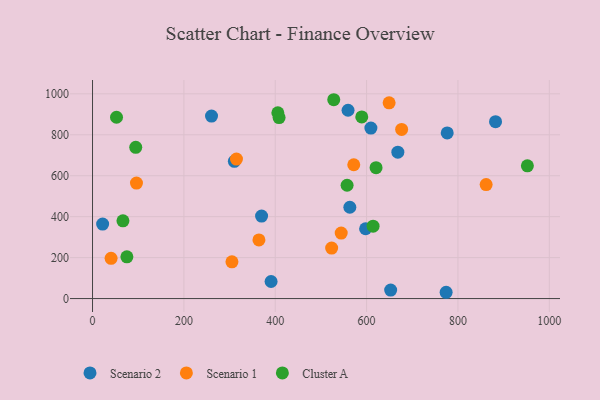
{"axis": {"x": "Distance", "y": "Exam Score"}, "legend": ["Cluster A", "Scenario 1", "Scenario 2"], "data": [{"x": "260.5", "y": 891.3, "type": "Scenario 2"}, {"x": "22.1", "y": 363.8, "type": "Scenario 2"}, {"x": "390.9", "y": 83.4, "type": "Scenario 2"}, {"x": "370.1", "y": 402.8, "type": "Scenario 2"}, {"x": "652.7", "y": 41.6, "type": "Scenario 2"}, {"x": "776.5", "y": 809.1, "type": "Scenario 2"}, {"x": "597.8", "y": 341.0, "type": "Scenario 2"}, {"x": "310.5", "y": 670.1, "type": "Scenario 2"}, {"x": "563.3", "y": 446.1, "type": "Scenario 2"}, {"x": "559.4", "y": 919.7, "type": "Scenario 2"}, {"x": "882.3", "y": 864.2, "type": "Scenario 2"}, {"x": "609.4", "y": 832.7, "type": "Scenario 2"}, {"x": "774.1", "y": 30.7, "type": "Scenario 2"}, {"x": "668.4", "y": 715.1, "type": "Scenario 2"}, {"x": "40.6", "y": 196.5, "type": "Scenario 1"}, {"x": "523.5", "y": 246.8, "type": "Scenario 1"}, {"x": "861.7", "y": 556.8, "type": "Scenario 1"}, {"x": "571.9", "y": 653.6, "type": "Scenario 1"}, {"x": "315.1", "y": 681.2, "type": "Scenario 1"}, {"x": "364.3", "y": 286.4, "type": "Scenario 1"}, {"x": "305.2", "y": 179.3, "type": "Scenario 1"}, {"x": "96.2", "y": 564.2, "type": "Scenario 1"}, {"x": "649.3", "y": 956.1, "type": "Scenario 1"}, {"x": "676.7", "y": 825.9, "type": "Scenario 1"}, {"x": "544.4", "y": 320.0, "type": "Scenario 1"}, {"x": "528.1", "y": 971.2, "type": "Cluster A"}, {"x": "589.4", "y": 887.2, "type": "Cluster A"}, {"x": "952.0", "y": 648.4, "type": "Cluster A"}, {"x": "405.7", "y": 907.6, "type": "Cluster A"}, {"x": "614.2", "y": 353.5, "type": "Cluster A"}, {"x": "620.7", "y": 639.5, "type": "Cluster A"}, {"x": "408.4", "y": 884.2, "type": "Cluster A"}, {"x": "557.3", "y": 553.4, "type": "Cluster A"}, {"x": "94.6", "y": 738.9, "type": "Cluster A"}, {"x": "66.6", "y": 379.5, "type": "Cluster A"}, {"x": "75.2", "y": 203.7, "type": "Cluster A"}, {"x": "52.5", "y": 885.6, "type": "Cluster A"}]}